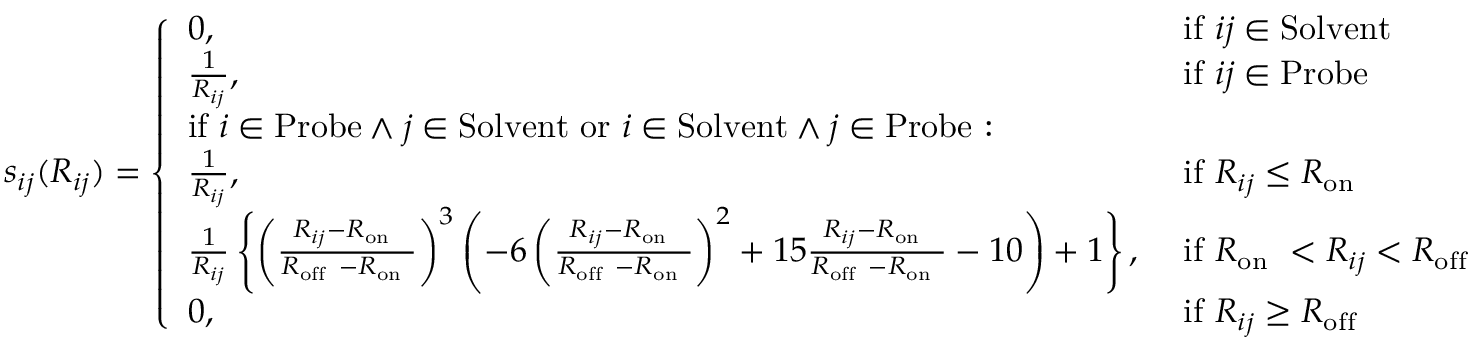
s _ { i j } ( R _ { i j } ) = \left\{ \begin{array} { l l } { 0 , } & { \mathrm { ~ i f ~ } i j \in \mathrm { S o l v e n t } } \\ { \frac { 1 } { R _ { i j } } , } & { \mathrm { ~ i f ~ } i j \in \mathrm { P r o b e } } \\ { \mathrm { i f } ~ i \in \mathrm { P r o b e } \wedge j \in \mathrm { S o l v e n t } \mathrm { ~ o r ~ } i \in \mathrm { S o l v e n t } \wedge j \in \mathrm { P r o b e } \mathrm { ~ : ~ } } & \\ { \frac { 1 } { R _ { i j } } , } & { \mathrm { ~ i f ~ } R _ { i j } \leq R _ { \mathrm { o n ~ } } } \\ { \frac { 1 } { R _ { i j } } \left\{ \left( \frac { R _ { i j } - R _ { \mathrm { o n ~ } } } { R _ { \mathrm { o f f ~ } } - R _ { \mathrm { o n ~ } } } \right) ^ { 3 } \left( - 6 \left( \frac { R _ { i j } - R _ { \mathrm { o n ~ } } } { R _ { \mathrm { o f f ~ } } - R _ { \mathrm { o n ~ } } } \right) ^ { 2 } + 1 5 \frac { R _ { i j } - R _ { \mathrm { o n ~ } } } { R _ { \mathrm { o f f ~ } } - R _ { \mathrm { o n ~ } } } - 1 0 \right) + 1 \right\} , } & { \mathrm { ~ i f ~ } R _ { \mathrm { o n ~ } } < R _ { i j } < R _ { \mathrm { o f f } } } \\ { 0 , \ } & { \mathrm { ~ i f ~ } R _ { i j } \geq R _ { \mathrm { o f f } } } \end{array} \right.